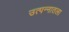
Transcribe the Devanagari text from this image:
उत्पन्नातला